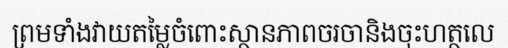
ព្រមទាំងវាយតម្លៃចំពោះស្ថានភាពចរចានិងចុះហត្ថលេ